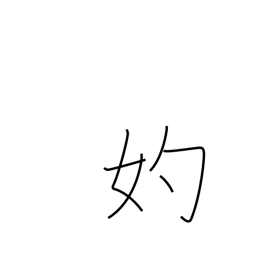
Meaning: go-between